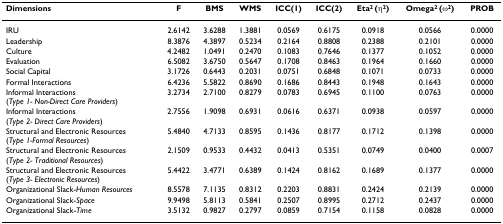
<table><thead><tr><td><b>Dimensions</b></td><td><b>F</b></td><td><b>BMS</b></td><td><b>WMS</b></td><td><b>ICC(1)</b></td><td><b>ICC(2)</b></td><td><b>Eta<sup>2 </sup>(η<sup>2</sup>)</b></td><td><b>Omega<sup>2 </sup>(ω<sup>2</sup>)</b></td><td><b>PROB</b></td></tr></thead><tbody><tr><td>IRU</td><td>2.6142</td><td>3.6288</td><td>1.3881</td><td>0.0569</td><td>0.6175</td><td>0.0918</td><td>0.0566</td><td>0.0000</td></tr><tr><td>Leadership</td><td>8.3876</td><td>4.3897</td><td>0.5234</td><td>0.2164</td><td>0.8808</td><td>0.2388</td><td>0.2101</td><td>0.0000</td></tr><tr><td>Culture</td><td>4.2482</td><td>1.0491</td><td>0.2470</td><td>0.1083</td><td>0.7646</td><td>0.1377</td><td>0.1052</td><td>0.0000</td></tr><tr><td>Evaluation</td><td>6.5082</td><td>3.6750</td><td>0.5647</td><td>0.1708</td><td>0.8463</td><td>0.1964</td><td>0.1660</td><td>0.0000</td></tr><tr><td>Social Capital</td><td>3.1726</td><td>0.6443</td><td>0.2031</td><td>0.0751</td><td>0.6848</td><td>0.1071</td><td>0.0733</td><td>0.0000</td></tr><tr><td>Formal Interactions</td><td>6.4236</td><td>5.5822</td><td>0.8690</td><td>0.1686</td><td>0.8443</td><td>0.1948</td><td>0.1643</td><td>0.0000</td></tr><tr><td>Informal Interactions(<i>Type 1- Non-Direct Care Providers</i>)</td><td>3.2734</td><td>2.7100</td><td>0.8279</td><td>0.0783</td><td>0.6945</td><td>0.1100</td><td>0.0763</td><td>0.0000</td></tr><tr><td>Informal Interactions(<i>Type 2- Direct Care Providers</i>)</td><td>2.7556</td><td>1.9098</td><td>0.6931</td><td>0.0616</td><td>0.6371</td><td>0.0938</td><td>0.0597</td><td>0.0000</td></tr><tr><td>Structural and Electronic Resources(<i>Type 1-Formal Resources</i>)</td><td>5.4840</td><td>4.7133</td><td>0.8595</td><td>0.1436</td><td>0.8177</td><td>0.1712</td><td>0.1398</td><td>0.0000</td></tr><tr><td>Structural and Electronic Resources(<i>Type 2- Traditional Resources</i>)</td><td>2.1509</td><td>0.9533</td><td>0.4432</td><td>0.0413</td><td>0.5351</td><td>0.0749</td><td>0.0400</td><td>0.0007</td></tr><tr><td>Structural and Electronic Resources(<i>Type 3- Electronic Resources</i>)</td><td>5.4422</td><td>3.4771</td><td>0.6389</td><td>0.1424</td><td>0.8162</td><td>0.1689</td><td>0.1377</td><td>0.0000</td></tr><tr><td>Organizational Slack-<i>Human Resources</i></td><td>8.5578</td><td>7.1135</td><td>0.8312</td><td>0.2203</td><td>0.8831</td><td>0.2424</td><td>0.2139</td><td>0.0000</td></tr><tr><td>Organizational Slack-<i>Space</i></td><td>9.9498</td><td>5.8113</td><td>0.5841</td><td>0.2507</td><td>0.8995</td><td>0.2712</td><td>0.2437</td><td>0.0000</td></tr><tr><td>Organizational Slack-<i>Time</i></td><td>3.5132</td><td>0.9827</td><td>0.2797</td><td>0.0859</td><td>0.7154</td><td>0.1158</td><td>0.0828</td><td>0.0000</td></tr></tbody></table>